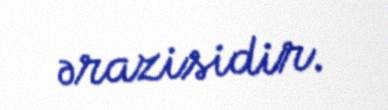
ərazisidir.